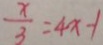
\frac { x } { 3 } = 4 x - 1